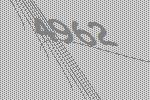
4962